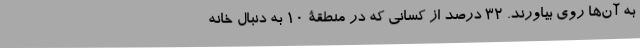
به آن‌ها روی بیاورند. ۳۲ درصد از کسانی که در منطقۀ ۱۰ به دنبال خانه